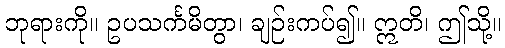
ဘုရားကို။ ဥပသင်္ကမိတွာ၊ ချဉ်းကပ်၍။ ဣတိ၊ ဤသို့။